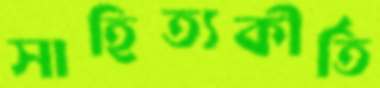
সাহিত্যকীর্তি